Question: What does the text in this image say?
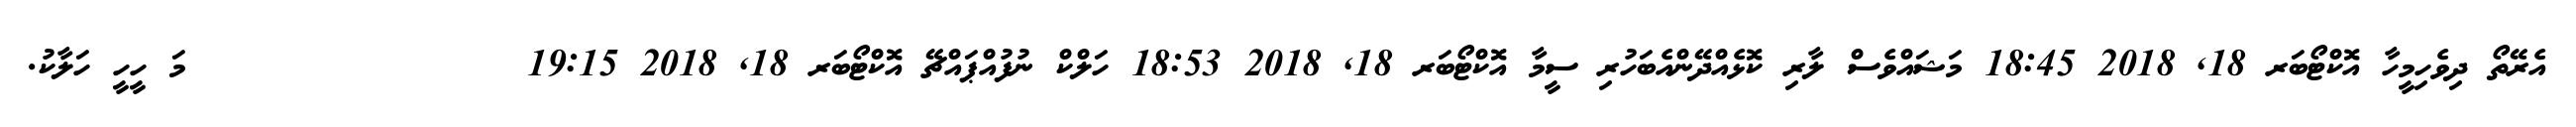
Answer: އެރޭތޯ ދިވެހިމީހާ އޮކްޓޯބަރ 18, 2018 18:45 މަޝައްވެސް ލާރި ކޮޅެއްދޭންއެބަހުރި ސީމާ އޮކްޓޯބަރ 18, 2018 18:53 ހަލްކް ނުފުއްޕައްޗޭ އޮކްޓޯބަރ 18, 2018 19:15 ?????????????????????މަ ހީހީ ހަލާކު.